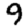
Digit: 9